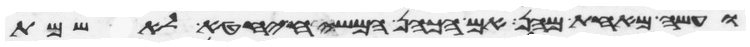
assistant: ועשה מאחת מהן אם הכהן המשיח יחטא לאשמת